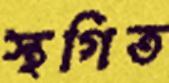
স্থগিত